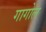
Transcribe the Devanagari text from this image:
गागोल